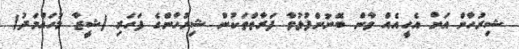
ޝިރުހާން އަށް އެހީއެއް ވާން ބޭނުންފުޅުވާ ފަރާތްތަކުން ޝިރުހާންގެ ފަހަރި (ޝީޒާ މުހައްމަދު)